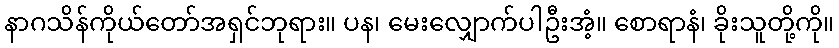
နာဂသိန်ကိုယ်တော်အရှင်ဘုရား။ ပန၊ မေးလျှောက်ပါဦးအံ့။ စောရာနံ၊ ခိုးသူတို့ကို။